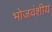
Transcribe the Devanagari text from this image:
भोजवंशीय